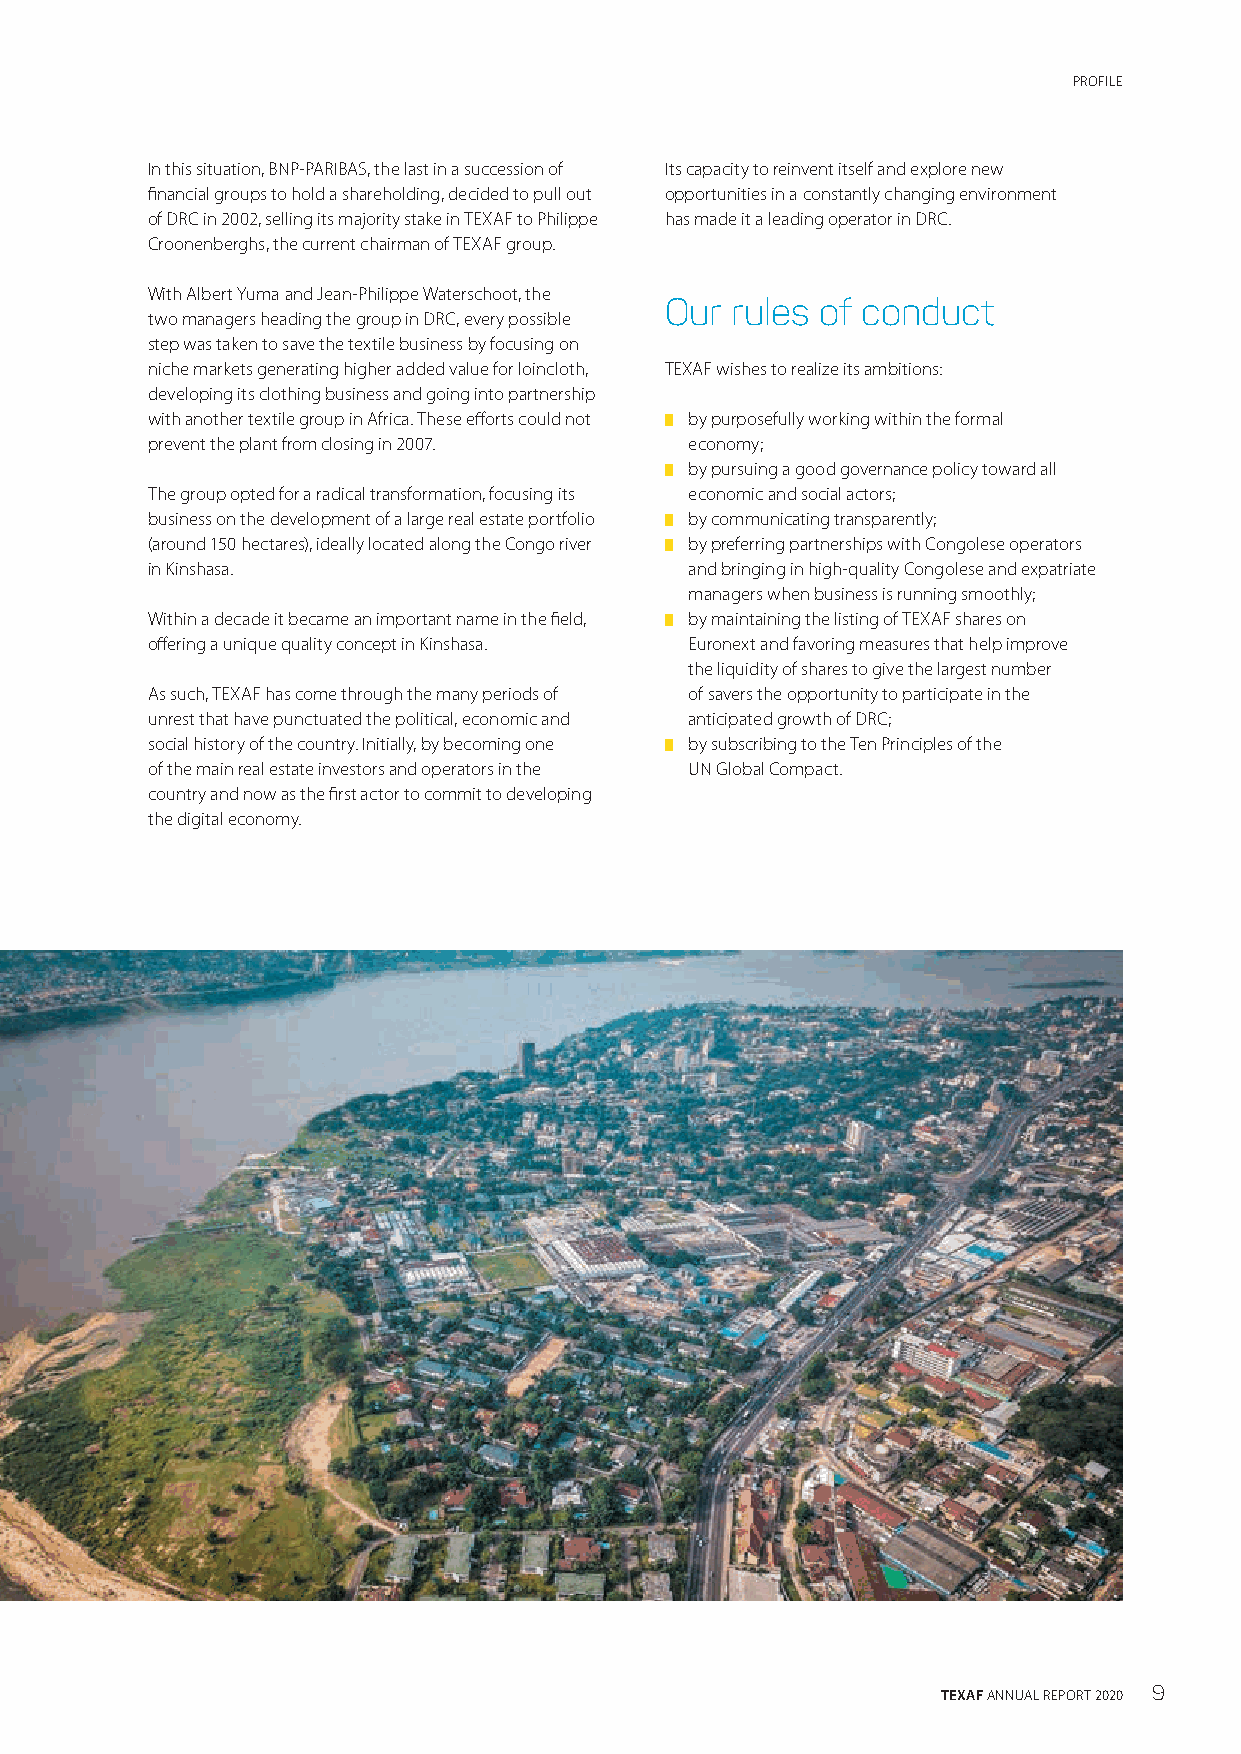
PROFILE
 In this situation, BNP-PARIBAS, the last in a succession of Its capacity to reinvent itself and explore new
 financial groups to hold a shareholding, decided to pull out opportunities in a constantly changing environment
 of DRC in 2002, selling its majority stake in TEXAF to Philippe has made it a leading operator in DRC.
 Croonenberghs, the current chairman of TEXAF group.
 With Albert Yuma and Jean-Philippe Waterschoot, the
 Our rules of conduct
 two managers heading the group in DRC, every possible
 step was taken to save the textile business by focusing on
 niche markets generating higher added value for loincloth, TEXAF wishes to realize its ambitions:
 developing its clothing business and going into partnership
 with another textile group in Africa. These efforts could not █ by purposefully working within the formal
 prevent the plant from closing in 2007. economy;
 █ by pursuing a good governance policy toward all
 The group opted for a radical transformation, focusing its economic and social actors;
 business on the development of a large real estate portfolio █ by communicating transparently;
 (around 150 hectares), ideally located along the Congo river █ by preferring partnerships with Congolese operators
 in Kinshasa.                        and bringing in high-quality Congolese and expatriate
 managers when business is running smoothly;
 Within a decade it became an important name in the field, █ by maintaining the listing of TEXAF shares on
 offering a unique quality concept in Kinshasa. Euronext and favoring measures that help improve
 the liquidity of shares to give the largest number
 As such, TEXAF has come through the many periods of of savers the opportunity to participate in the
 unrest that have punctuated the political, economic and anticipated growth of DRC;
 social history of the country. Initially, by becoming one █ by subscribing to the Ten Principles of the
 of the main real estate investors and operators in the UN Global Compact.
 country and now as the first actor to commit to developing
 the digital economy.
 TEXAF ANNUAL REPORT 2020 9